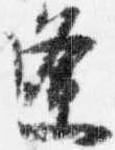
逢